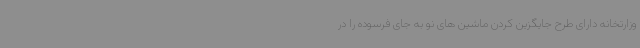
وزارتخانه دارای طرح جایگزین کردن ماشین های نو به جای فرسوده را در